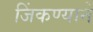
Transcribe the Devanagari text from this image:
जिंकण्याने